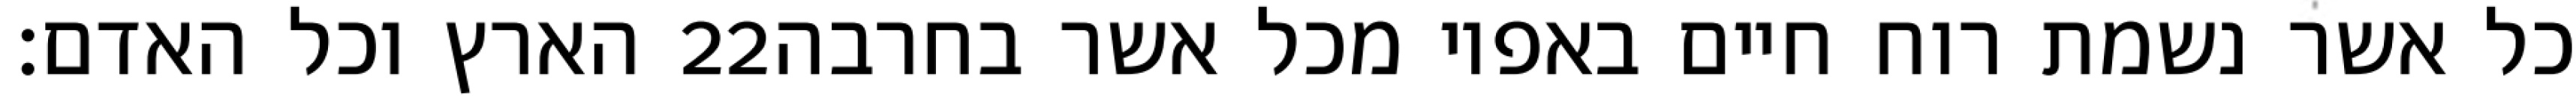
הארץ וכל האדם׃ ‎22‏ כל אשר נשמת רוח חיים באפיו מכל אשר בחרבה